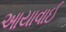
આયાવાઈ